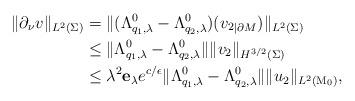
LaTeX: \begin{align*}\| \partial_\nu v\|_{L^2(\Sigma)}&=\| (\Lambda_{q_1,\lambda}^0-\Lambda_{q_2,\lambda}^0)(v_2{_{|\partial M}})\|_{L^2(\Sigma)}\\&\le \| \Lambda_{q_1,\lambda}^0-\Lambda_{q_2,\lambda}^0\| \|v_2\|_{H^{3/2}(\Sigma)}\\&\le \lambda^2\mathbf{e}_\lambda e^{c/\epsilon} \| \Lambda_{q_1,\lambda}^0-\Lambda_{q_2,\lambda}^0\| \|u_2\|_{L^2(\mathrm{M}_0)},\end{align*}